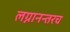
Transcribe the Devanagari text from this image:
लग्नानन्तरच